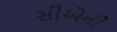
સીએની